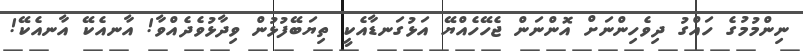
ނިންމުމުގެ ހައްގު ދިވެހިންނަށް އޮންނަން ޖެހޭހެއްޔޭ އަޅުގަނޑާއެކީ ތިޔަބޭފުޅުން ވިދާޅުވެދެއްވާ! އާނއެކޭ އާނއެކޭ!